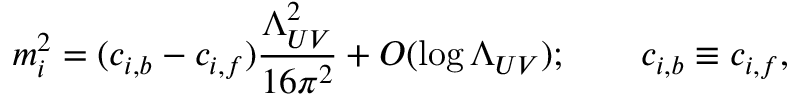
m _ { i } ^ { 2 } = ( c _ { i , b } - c _ { i , f } ) { \frac { \Lambda _ { U V } ^ { 2 } } { 1 6 \pi ^ { 2 } } } + O ( \log \Lambda _ { U V } ) ; \qquad c _ { i , b } \equiv c _ { i , f } ,